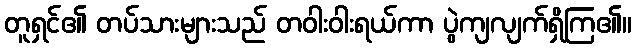
တူရှင်၏ တပ်သားများသည် တဝါးဝါးရယ်ကာ ပွဲကျလျက်ရှိကြ၏။